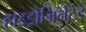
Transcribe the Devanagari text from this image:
हाइड्रोजिनेटेड